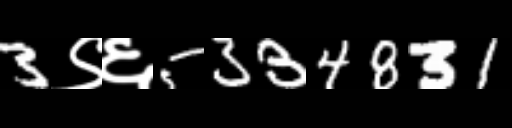
Text: 3९६5334831